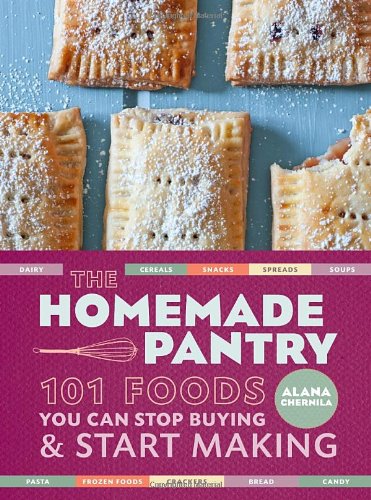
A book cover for The Homemade Pantry: 101 Foods You Can Stop Buying and Start Making; Alana Chernila; Cookbooks, Food & Wine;